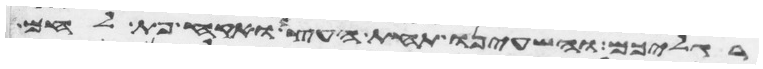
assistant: רגליכם והשעינו תחת העץ ואקח פת לחם